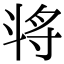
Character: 𣁻